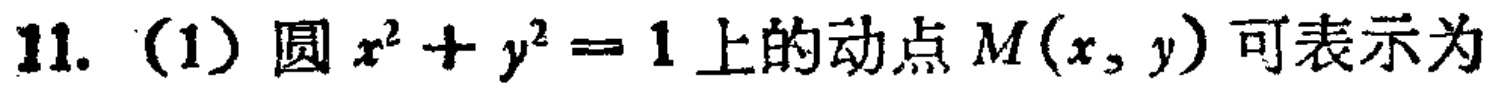
11. (1) 圆 \(x^{2}+y^{2}=1\) 上的动点 \(M(x,y)\) 可表示为